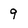
Character: 9